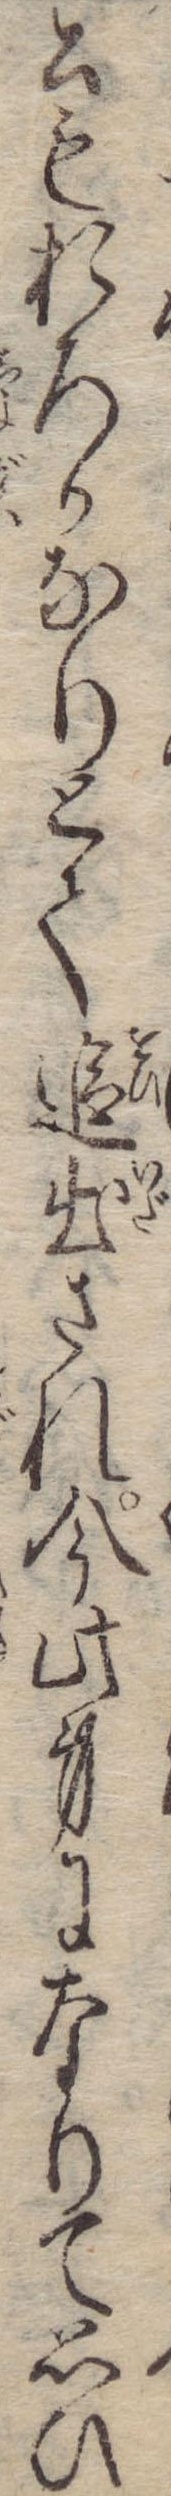
行もおろかなりとて追出され今此身になりて思ひ